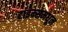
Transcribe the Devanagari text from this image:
टाइम्समधून